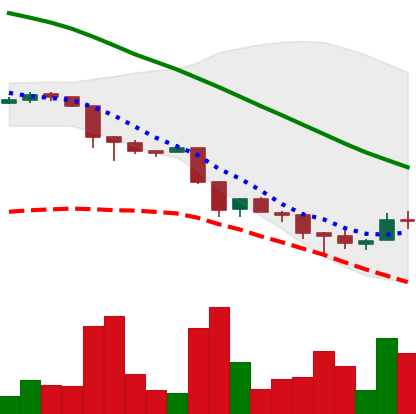
Ticker: ADA-USD
Chart end date: 2018-11-29
Forward return: -9.953%
Label: down_7plus